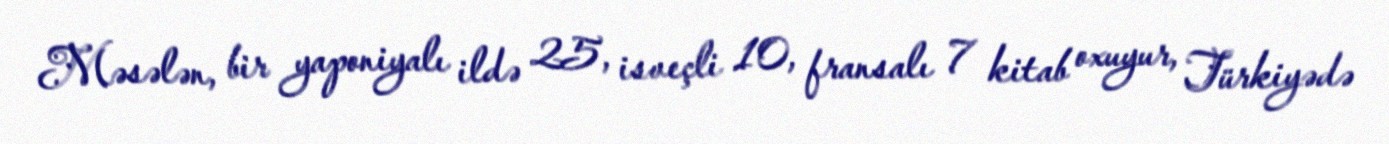
Məsələn, bir yaponiyalı ildə 25, isveçli 10, fransalı 7 kitab oxuyur, Türkiyədə